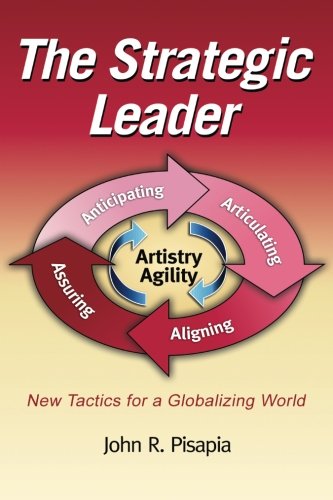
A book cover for The Strategic Leader: New tactics for a Globalizing World; John Pisapia; Business & Money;